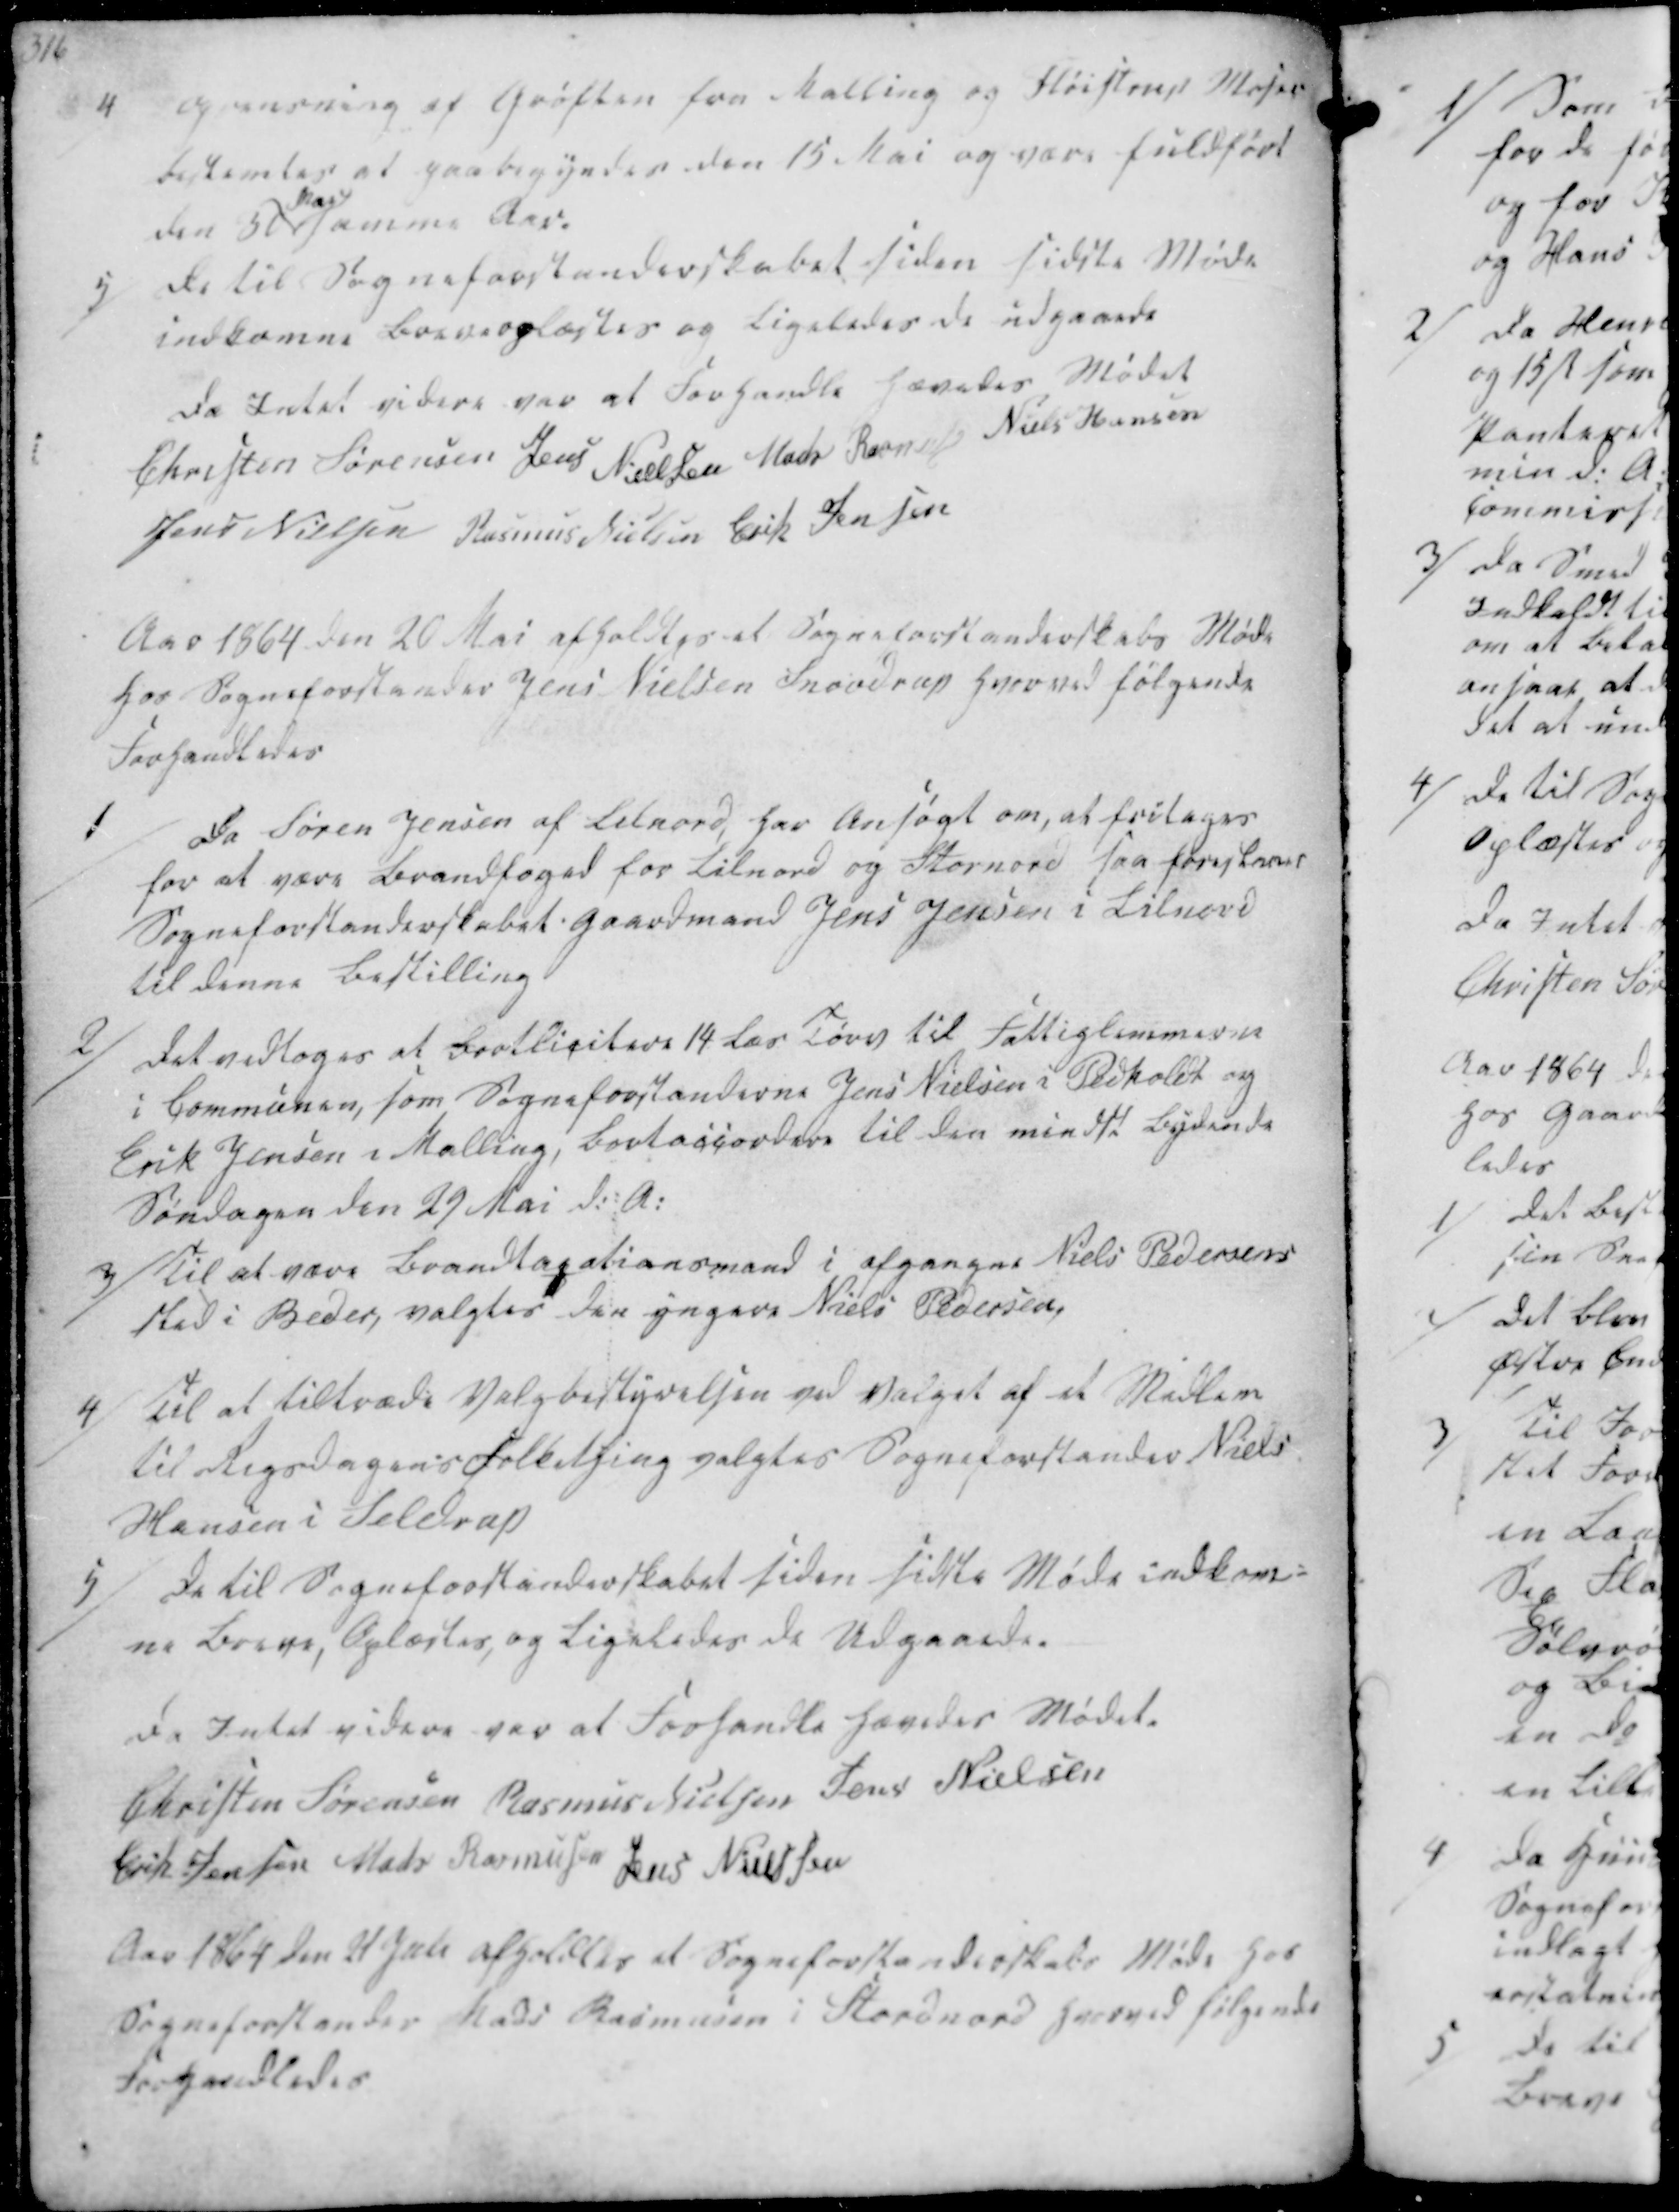
Transskription:
4
oprensning af Grøften fra Malling og Fløistrup Moser
bestemtes at paabegyndes den 15 Mai og være fuldført
den 30
Mai
samme Aar.
5/ De til Sogneforstanderskabet siden sidste Møde
indkomne breve oplæstes og ligeledes de udgaaede

Da Intet videre var at Forhandle hævedes Mødet
Christen Sørensen
Jens Nielsen
Mads Resmusen
Niels Hansen
Jens Nielsen
Rasmus Nielsen
Erik Jensen

Aar 1864 den 20 Mai afholdtes et Sogneforstanderskabs Møde
hos Sogneforstander Jens Nielsen Snovdrup hvorved følgende
Forhandledes

1
Da Søren Jensen af Lilnord, har ansøgt om, at fritages
for at være Brandfoged for Lilnord og Stornord saa foreslaaer
Sogneforstanderskabet Gaardmand Jens Jensen i Lilnord
til denne Bestilling
2/ Det vedtoges at Bortlicitere 14 Læs Tørv til Fattiglemmerne
i Communen, som Sogneforstanderne Jens Nielsen i Pedholdt og
Erik Jensen i Malling, bortaccordere til den mindst bydende
Søndagen den 29 Mai d:A.

3/ Til at være Brandtaxationsmand i afgangne Niels Pedersens
sted i Beder, valgtes den yngere Niels Pedersen,
4/ Til at tiltræde Valgbestyrelsen ved Valget af et Medlem
til Rigsdagens Folkething valgtes Sogneforstander Niels
Hansen i Seldrup
5/ De til Sogneforstanderskabet siden sidste Møde indkom-
ne Breve, Oplæstes, og ligeledes de Udgaaede.

Da Intet videre var at Forhandle hævedes Mødet.
Christen Sørensen
Rasmus Nielsen
Jens Nielsen
Erik Jensen
Mads Rasmussen
Jens Nielsen

Aar 1864 den 21 Juli afholdtes et Sogneforstanderskabs Møde hos
Sogneforstander Mads Rasmusen i Stordnord hvorved følgende
Forhandledes